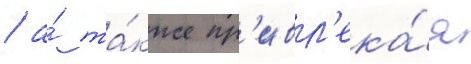
/ а́ та́кже пр'ивл'ека́я